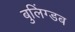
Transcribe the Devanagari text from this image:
बुलिंग्डब